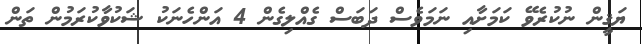
ޔަޤީން ނުކުރެވޭ ކަމަށާއި ނަމަވެސް ދަބަސް ގެއްލިގެން 4 އަންހެނަކު ޝަކުވާކުރަމުން ތަން